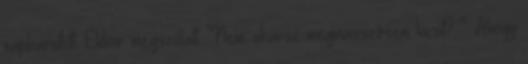
napbarnított. Ekkor megszólalt. "Nem akarsz megmasszírozni kicsit? " Ahogy